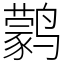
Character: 鹲